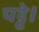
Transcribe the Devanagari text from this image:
पट्टे।